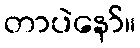
တာပဲနော်။